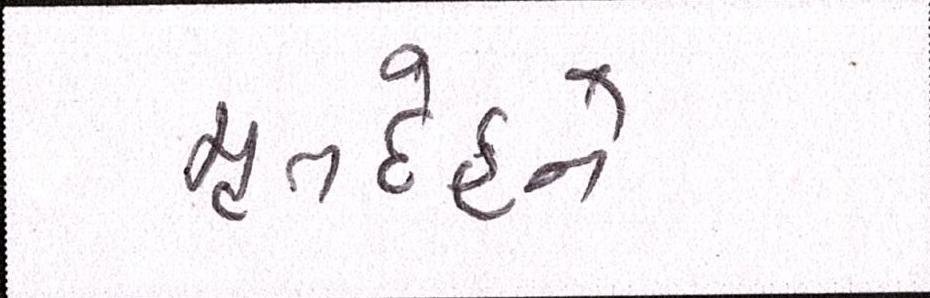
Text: મૃતદેહને